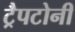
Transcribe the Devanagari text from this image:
ट्रैपटोनी